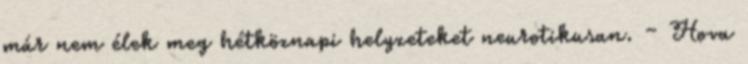
már nem élek meg hétköznapi helyzeteket neurotikusan. – Hova